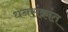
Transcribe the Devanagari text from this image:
धनसंक्रांत